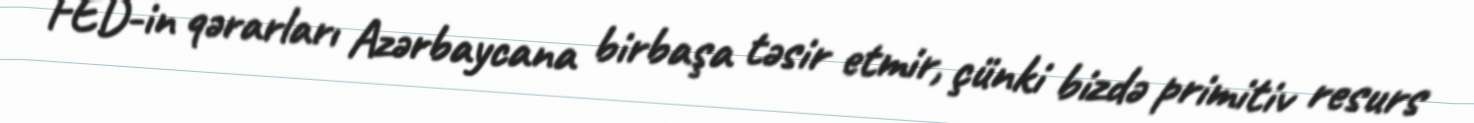
FED-in qərarları Azərbaycana birbaşa təsir etmir, çünki bizdə primitiv resurs